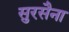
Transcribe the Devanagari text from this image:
सुरसैना